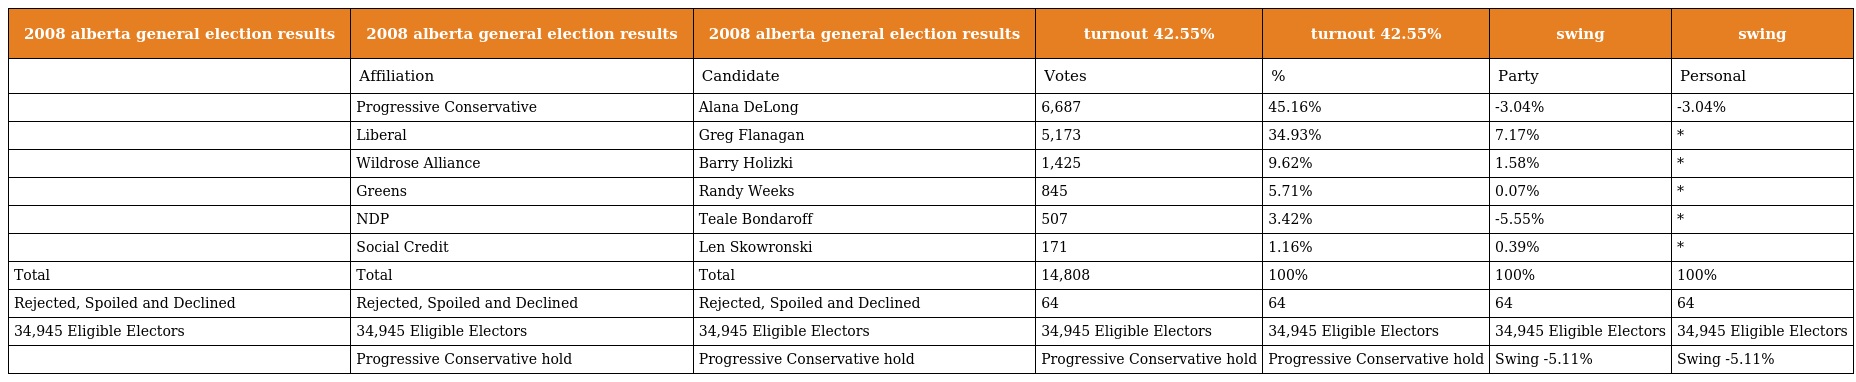
| 2008 alberta general election results | 2008 alberta general election results | 2008 alberta general election results | turnout 42.55% | turnout 42.55% | swing | swing |
 | --- | --- | --- | --- | --- | --- | --- |
 |  | Affiliation | Candidate | Votes | % | Party | Personal |
 |  | Progressive Conservative | Alana DeLong | 6,687 | 45.16% | -3.04% | -3.04% |
 |  | Liberal | Greg Flanagan | 5,173 | 34.93% | 7.17% | * |
 |  | Wildrose Alliance | Barry Holizki | 1,425 | 9.62% | 1.58% | * |
 |  | Greens | Randy Weeks | 845 | 5.71% | 0.07% | * |
 |  | NDP | Teale Bondaroff | 507 | 3.42% | -5.55% | * |
 |  | Social Credit | Len Skowronski | 171 | 1.16% | 0.39% | * |
 | Total | Total | Total | 14,808 | 100% | 100% | 100% |
 | Rejected, Spoiled and Declined | Rejected, Spoiled and Declined | Rejected, Spoiled and Declined | 64 | 64 | 64 | 64 |
 | 34,945 Eligible Electors | 34,945 Eligible Electors | 34,945 Eligible Electors | 34,945 Eligible Electors | 34,945 Eligible Electors | 34,945 Eligible Electors | 34,945 Eligible Electors |
 |  | Progressive Conservative hold | Progressive Conservative hold | Progressive Conservative hold | Progressive Conservative hold | Swing -5.11% | Swing -5.11% |